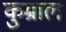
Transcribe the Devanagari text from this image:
कुम्राल